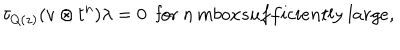
\tau _ { Q ( z ) } ( v \otimes t ^ { n } ) \lambda = 0 \ \ \mathrm { f o r } \ n \, m b o x { s u f f i c i e n t l y \ l a r g e } ,